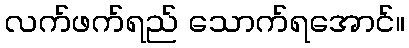
လက်ဖက်ရည် သောက်ရအောင်။